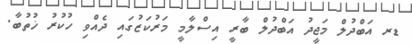
ޑރ އަބްދުލް މަޖީދު އަބްދުލް ބާރީ އިސްލާމީ މަރުކަޒުގައި ދެއްވި ހުކުރު ޚުތުބާ.